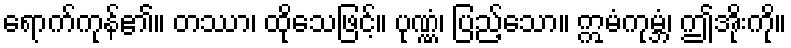
ရောက်ကုန်၏။ တဿာ၊ ထိုသေဖြင့်။ ပုဏ္ဏံ၊ ပြည့်သော။ ဣမံကုမ္ဘံ၊ ဤအိုးကို။